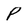
Character: P